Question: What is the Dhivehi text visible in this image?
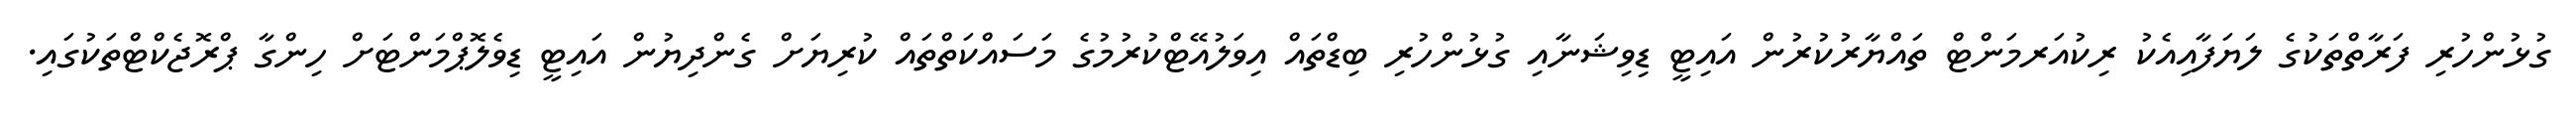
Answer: ގުޅުންހުރި ފަރާތްތަކުގެ ލަޔަފާއިއެކު ރިކުއަރމަންޓް ތައްޔާރުކުރުން އައިޓީ ޑިވިޝަނާއި ގުޅުންހުރި ބިޑްތައް އިވަލުއޭޓްކުރުމުގެ މަސައްކަތްތައް ކުރިޔަށް ގެންދިޔުން އައިޓީ ޑިވެލޮޕްމަންޓަށް ހިންގާ ޕްރޮޖެކްޓްތަކުގައި.